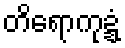
တိရောကုဍ္ဍံ